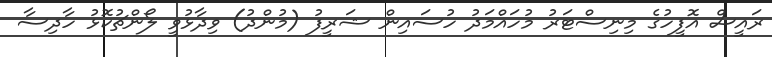
ރައީސް އޮފީހުގެ މިނިސްޓަރު މުހައްމަދު ހުސައިން ޝަރީފު (މުންދު) ވިދާޅުވީ ލޯންޗުކޮޅު ހާދިސާ